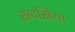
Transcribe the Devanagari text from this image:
सदसिया